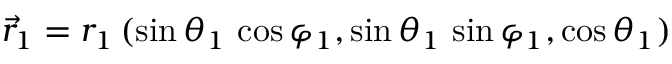
\vec { r } _ { 1 } = r _ { 1 } \, ( \sin \theta _ { 1 } \, \cos \varphi _ { 1 } , \sin \theta _ { 1 } \, \sin \varphi _ { 1 } , \cos \theta _ { 1 } )